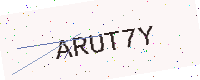
Text: ARUT7Y